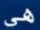
هي